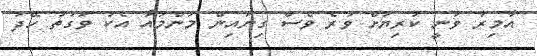
އާމިރު ވަނީ ކުރިޔަށް ވުރެ ވެސް ގިނައިން މަންމައާ އެކު ވަގުތު ހޭދަ